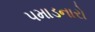
પમાડનારો